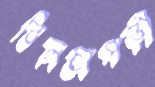
বিলচাপড়ী